Epidemic dropsy in Calcutta - Number 45
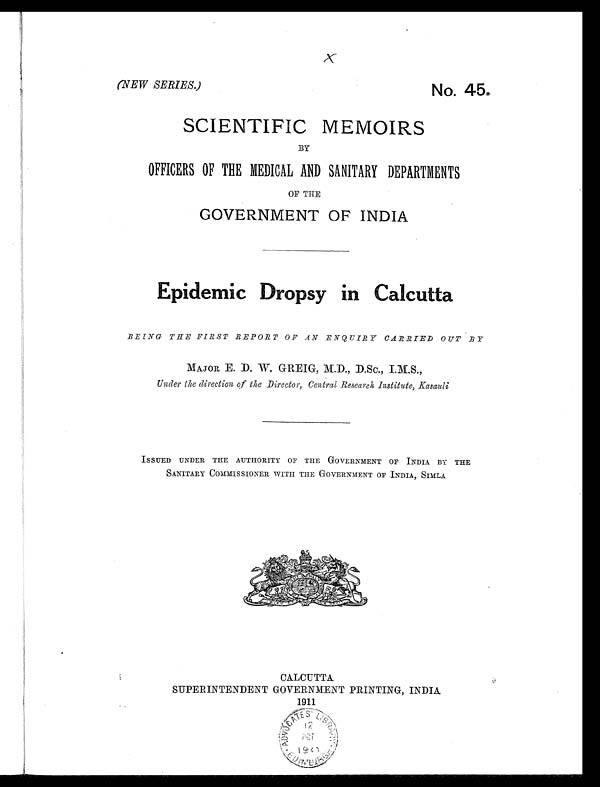
(NEW SERIES.)
No. 45.
SCIENTIFIC MEMOIRS
BY
OFFICERS OF THE MEDICAL AND SANITARY DEPARTMENTS
OF THE
GOVERNMENT OF INDIA
Epidemic Dropsy in Calcutta
BEING THE FIRST REPORT OF AN ENQUIRY CARRIED OUT BY
MAJOR E. D. W. GREIG, M.D., D.Sc., I. M. S.,
Under the direction of the Director, Central Research Institute, Kasauli
ISSUED UNDER THE AUTHORITY OF THE GOVERNMENT OF INDIA BY THE
SANITARY COMMISSIONER WITH THE GOVERNMENT OF INDIA, SIMLA
CALCUTTA
SUPERINTENDENT GOVERNMENT PRINTING, INDIA
1911